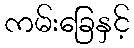
ကမ်းခြေနှင့်